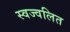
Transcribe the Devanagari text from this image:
स्वज्वलित